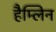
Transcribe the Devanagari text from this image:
हैम्लिन